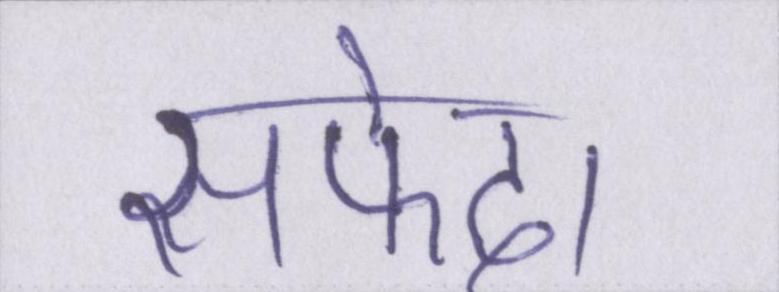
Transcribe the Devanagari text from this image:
सफेद।